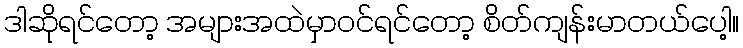
ဒါဆိုရင်တော့ အများအထဲမှာဝင်ရင်တော့ စိတ်ကျန်းမာတယ်ပေါ့။